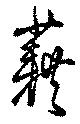
藉